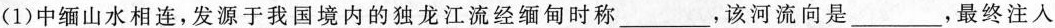
(1)中缅山水相连，发源于我国境内的独龙江流经缅甸时称___，该河流向是___，最终注入